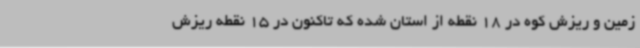
زمین و ریزش کوه در 18 نقطه از استان شده که تاکنون در 15 نقطه ریزش